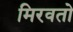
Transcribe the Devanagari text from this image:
मिरवतो